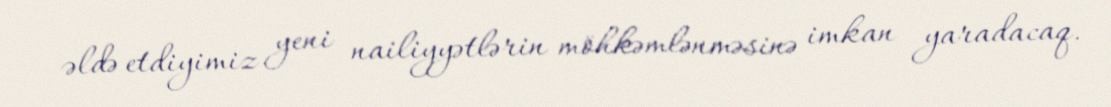
əldə etdiyimiz yeni nailiyyətlərin möhkəmlənməsinə imkan yaradacaq.